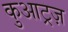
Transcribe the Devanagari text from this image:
कुआट्रज़